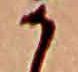
か